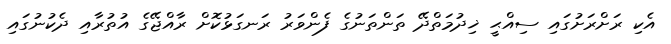
އެކި ރަށްރަށުގައި ސިއްޙީ ޚިދުމަތްދޭ ތަންތަނުގެ ފެންވަރު ރަނގަޅުކޮށް ރާއްޖޭގެ އުތުރާއި ދެކުނުގައި